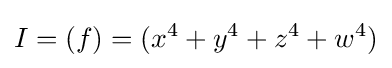
I=(f)=(x^{4}+y^{4}+z^{4}+w^{4})